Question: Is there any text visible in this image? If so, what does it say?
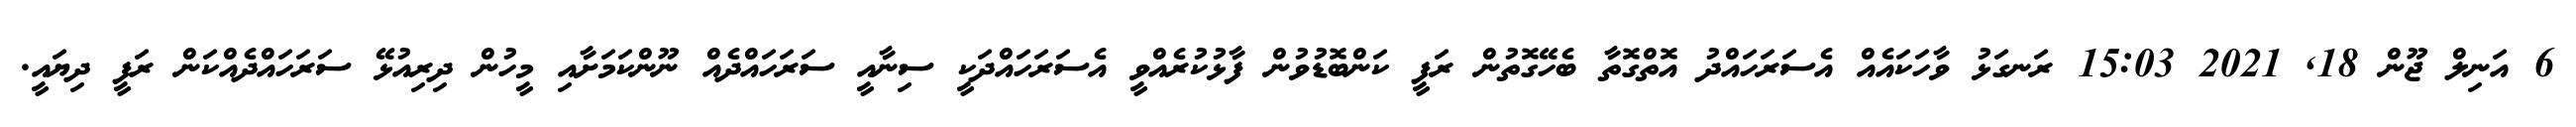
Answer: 6 އަނިލް ޖޫން 18, 2021 15:03 ރަނގަޅު ވާހަކައެއް އެސަރަހައްދު އޮތްގޮތާ ބެހޭގޮތުން ރަފީ ކަންބޮޑުވުން ފާޅުކުރެއްވީ އެސަރަހައްދަކީ ސިނާއީ ސަރަހައްދެއް ނޫންކަމަށާއި މީހުން ދިރިއުޅޭ ސަރަހައްދެއްކަން ރަފީ ދިޔައީ.